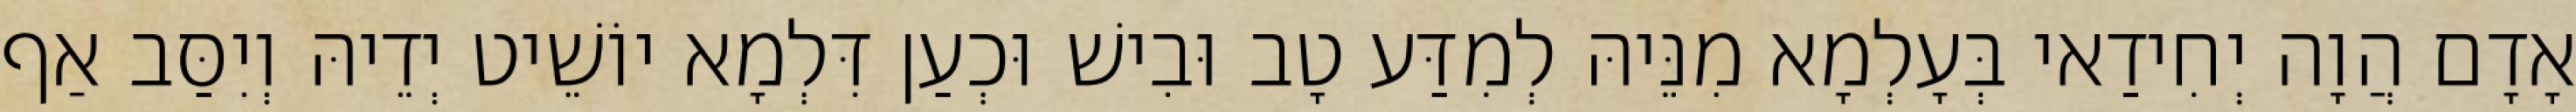
אָדָם הֲוָה יְחִידַאי בְּעָלְמָא מִנֵּיהּ לְמִדַּע טָב וּבִישׁ וּכְעַן דִּלְמָא יוֹשֵׁיט יְדֵיהּ וְיִסַּב אַף